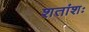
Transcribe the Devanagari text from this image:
शतांशः